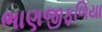
ભાણજીફળિયા